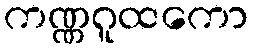
ကဏ္ဏဂူထကော